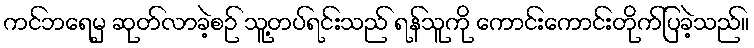
ကင်ဘရေမှ ဆုတ်လာခဲ့စဉ် သူ့တပ်ရင်းသည် ရန်သူကို ကောင်းကောင်းတိုက်ပြခဲ့သည်။